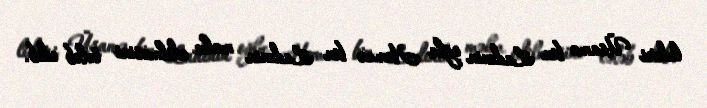
lideri Üsamə bin Ladenin oğlu Həmzə bin Ladenin məhv edilməsini tələb edib.